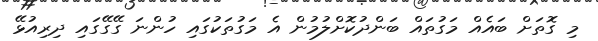
މި ގޮތަށް ބައެއް މަގުތައް ބަންދުކޮށްލުމުން އެ މަގުތަކުގައި ހުންނަ ގޭގޭގައި ދިރިއުޅޭ